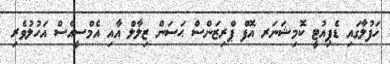
ހަފުލާގައި ޑެޕިއުޓީ ކޮމިޝަނަރ އޮފް ޕްރިޒަންސް ޙަސަން ޒިލާލް އާއި އެމްސީއެސް އަހުލުވެރި